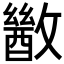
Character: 𫿙